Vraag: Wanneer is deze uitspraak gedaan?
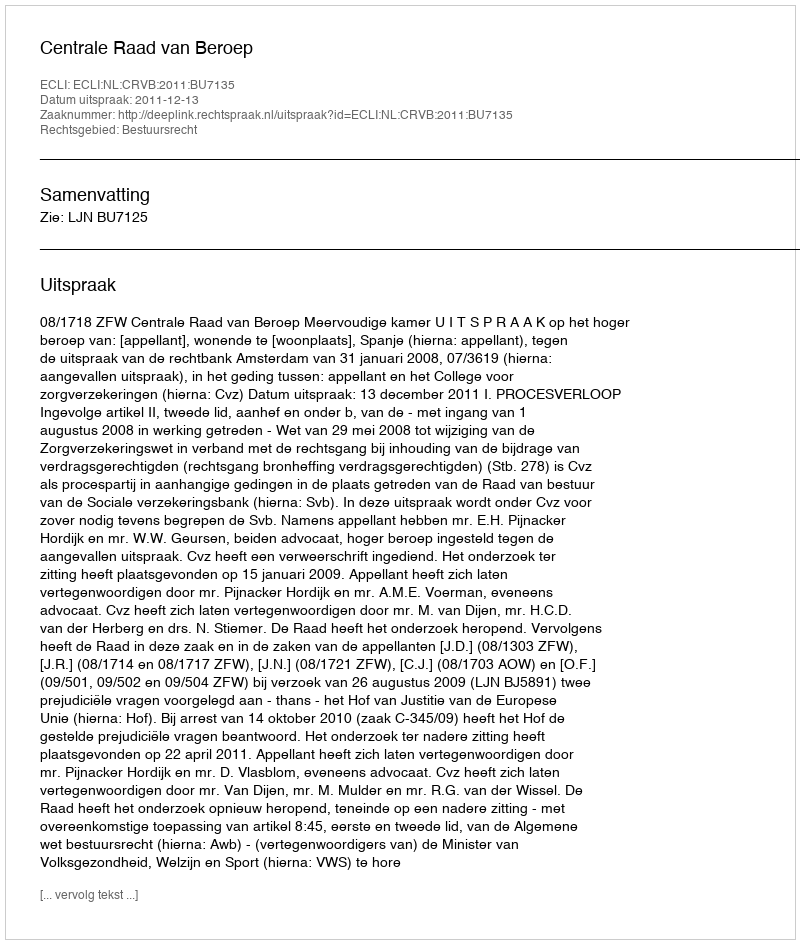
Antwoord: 2011-12-13